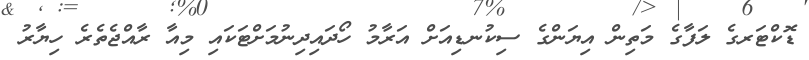
ޑޮކްޓަރގެ ލަފާގެ މަތިން އިޔަންގެ ސިކުނޑިއަށް އަރާމު ހޯދައިދިނުމަށްޓަކައި މިއާ ރާއްޖެތެރެ ހިޔާރު